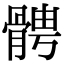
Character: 𩩍